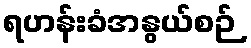
ရဟန်းခံအနွယ်စဉ်